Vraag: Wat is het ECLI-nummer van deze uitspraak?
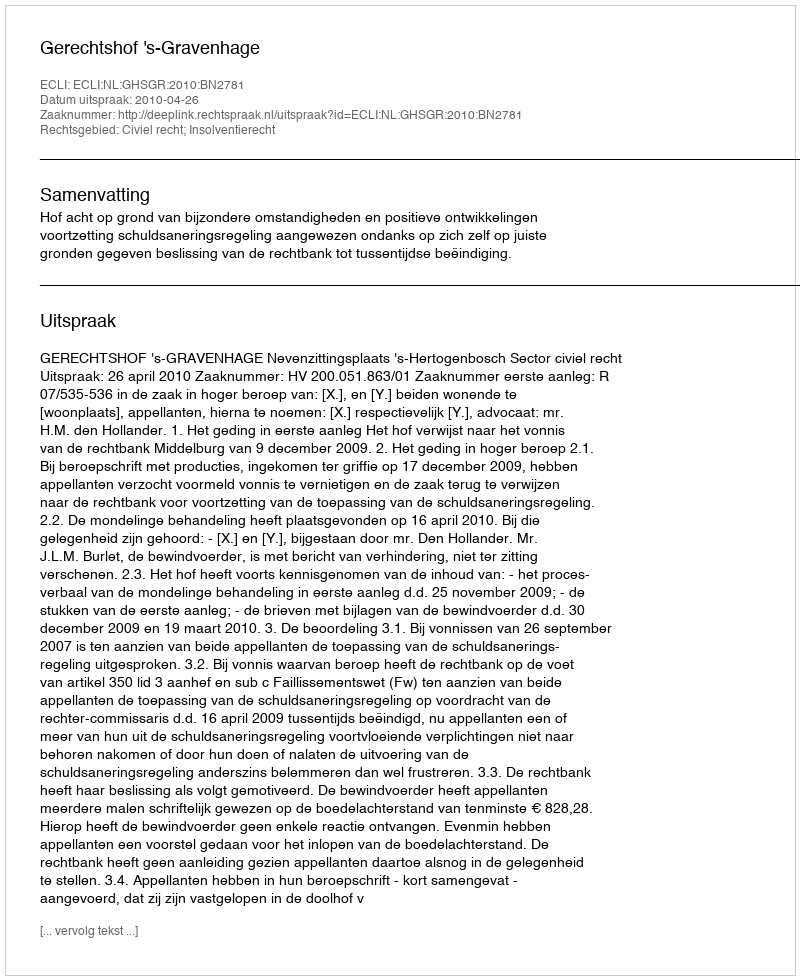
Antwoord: ECLI:NL:GHSGR:2010:BN2781